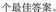
个最佳答案。